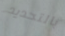
بالتحديد